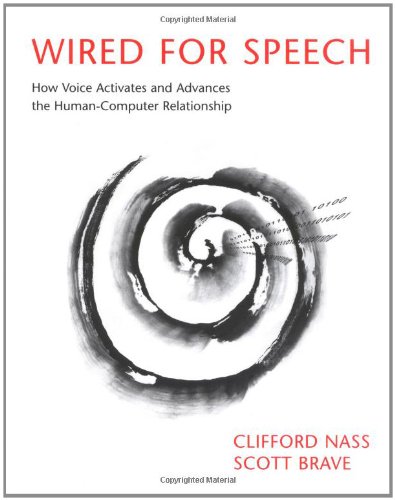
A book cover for Wired for Speech: How Voice Activates and Advances the Human-Computer Relationship; Clifford Nass; Computers & Technology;